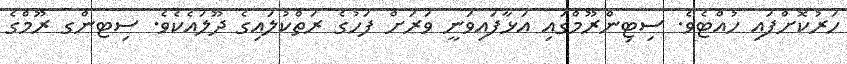
ހަރުކޮށްފައި ހުއްޓެވެ. ސިޓިންރޫމްގައި އަޅާފައިވަނީ ވަރަށް ފަހުގެ ރަތްކުލައިގެ ދޫލައެކެވެ. ސިޓންގ ރޫމްގެ